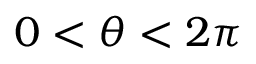
0 < \theta < 2 \pi